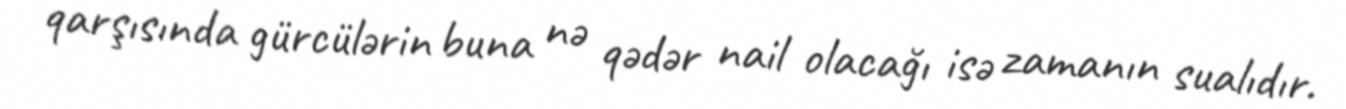
qarşısında gürcülərin buna nə qədər nail olacağı isə zamanın sualıdır.